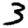
Digit: 3